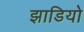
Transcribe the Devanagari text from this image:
झाडियो